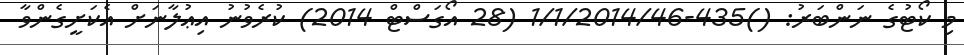
މި ކޯޓުގެ ނަންބަރު: ()435-1/1/2014/46 (28 އޯގަސްޓް 2014) ކުރެވުނު އިޢުލާނަށް އެކަށީގެންވާ